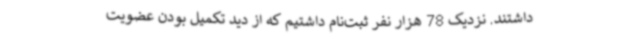
داشتند. نزدیک 78 هزار نفر ثبت‌نام داشتیم که از دید تکمیل بودن عضویت